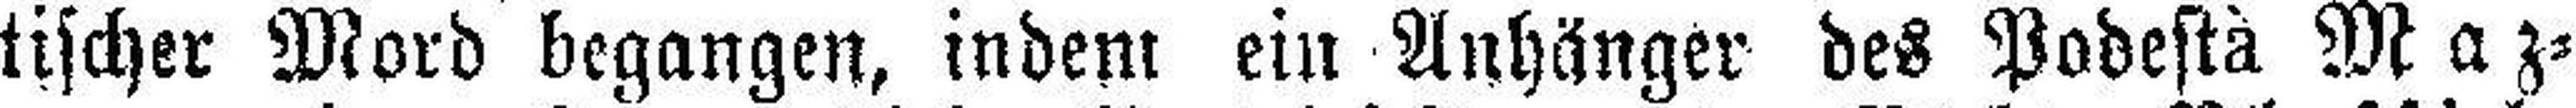
tischer Mord begangen, indem ein Anhänger des Podestà Maz¬